system: You are a helpful assistant.
user:
Analyze the provided spectrum to determine if it is a **S-type Star**.

- **Key Indicators for S-type Star:**

    - **(Overall Spectrum Shape):** The first and most obvious characteristic is the overall continuum (the "baseline" shape). It is **extremely "red-sloping,"** meaning the flux (light intensity) is very low on the left side (blue, ~4000-4500 Å) and rises steeply and continuously toward the right side (red, ~7000 Å+).

    - **(Primary):** The spectrum is defined by the presence of strong, broad molecular absorption "valleys" (bands) from **Zirconium Oxide (ZrO)**. The identification of these bands is the **primary requirement** for classifying a star as S-type.
        - **(Key Bandheads):** You must find distinct, deep "dips" where the light has been absorbed. The most critical band systems to locate are:
            - **~6474 Å** ($\gamma$-system): This is often the strongest and clearest ZrO feature, found in the red part of the spectrum.
            - **~5718 Å** & **~5551 Å** ($\beta$-system): A pair of prominent absorption features in the yellow-orange part of the spectrum.
            - **~4640 Å** ($\alpha$-system): A key absorption band system in the blue-green region of the spectrum.

    - **(Secondary Confirmation):** The classification is strengthened by finding additional absorption bands from other related heavy element oxides, which are expected to be present alongside ZrO.
        - **(Key Bandheads):**
            - **Yttrium Oxide (YO):** Look for absorption dips near **~4800 Å** and **~6100 Å**.
            - **Lanthanum Oxide (LaO):** Additional absorption features, particularly in the red-orange part of the spectrum, are also characteristic.

    - **(Line Profile):** The combination of the steep red continuum and these numerous, deep molecular bands (ZrO, YO, etc.) gives the entire spectrum a very **"chopped-up"** or **"bumpy"** appearance. Instead of a smooth curve, the spectrum looks as though large, wide chunks of light have been "carved out" of it at the specific wavelengths listed above.

Think first, call **spectral_visualization_tool** if needed to examine features in detail, then provide your final answer. Your response must adhere to the following strict rules:
1.  **Overall Structure:** Your response must follow the format `<think>...</think> <tool_call>...</tool_call> (if a tool is used) <answer>...</answer>`.
2.  **Tool Usage Constraint:** You may only make **one** tool call per turn.
3.  **Final Answer Format:** In the `<answer>` tag, your conclusion must be inside a `\boxed{}` command (e.g., `\boxed{YES}` or `\boxed{NO}`), followed by your justification.

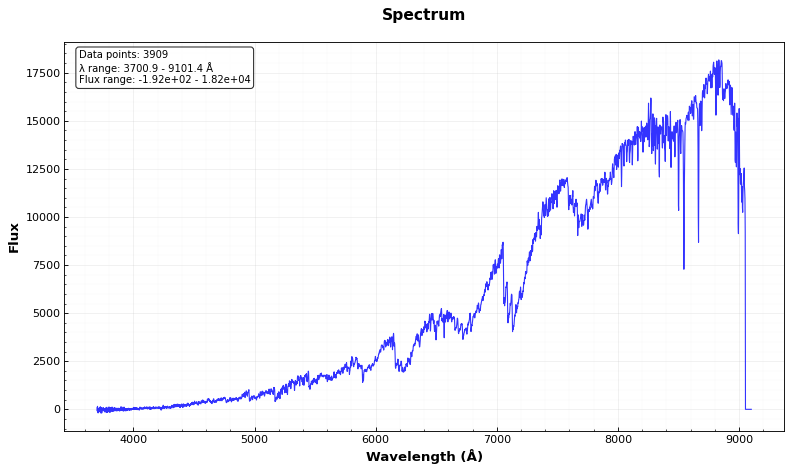
Answer: YES